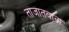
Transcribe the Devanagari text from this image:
ताजातवाना